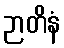
ဉာတိနံ